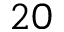
2 0